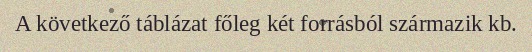
A következő táblázat főleg két forrásból származik kb.